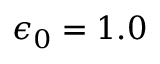
\epsilon _ { 0 } = 1 . 0